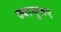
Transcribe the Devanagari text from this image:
ज्यामुळए